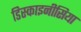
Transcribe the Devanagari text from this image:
डिस्काइनीसिया